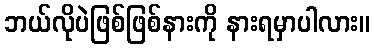
ဘယ်လိုပဲဖြစ်ဖြစ်နားကို နားရမှာပါလား။